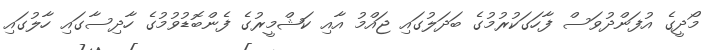
މޯދީގެ އުފަންދުވަސް ފާހަގަކުރުމުގެ ބަދަލުގައި ޖައްމު އާއި ކަޝްމީރުގެ ފެންބޮޑުވުމުގެ ހާދިސާގައި ހާލުގައި